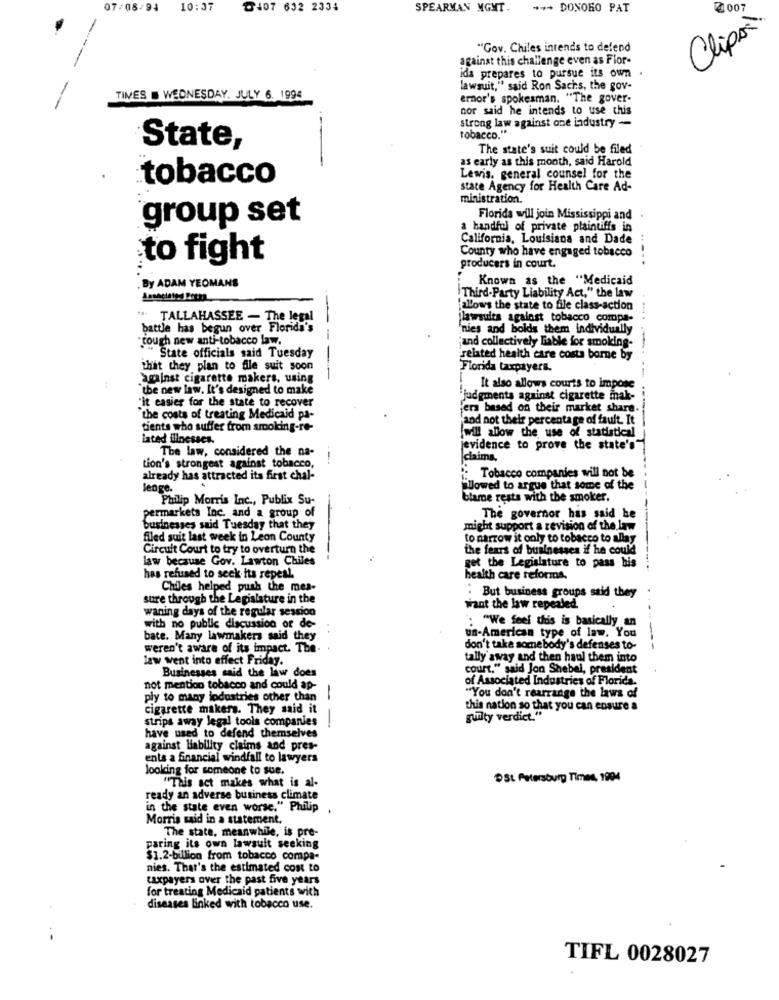
07/08/94
10:37
৳407 632 2334
SPEARMAN MGMT.
** DONORO PAT
2007
Clips
"Gov. Chiles intends to defend
against this challenge even as Flor-
ida prepares to pursue its own
lawsuit," said Ron Sachs, the gov-
TIMES . WEDNESDAY, JULY 6. 1994
ernor's spokesman. "The gover-
nor said he intends to use chis
strong law against one industry -
tobacco."
State,
The state's suit could be filed
as early as this month, said Harold
tobacco
Lewis, general counsel for the
state Agency for Health Care Ad-
ministration.
Florida will join Mississippi and
.
group set
a handful of private plaintiffs in
California, Louisiana and Dade
County who have engaged tobacco
to fight
producers in court.
Known as the "Medicaid
. By ADAM YEOMANS
Third-Party Liability Act," the law
allows the state to file class-action
" TALLAHASSEE - The legal
jlawsuits against tobacco compa-
battle has begun over Florida's
--
'nies and bolds them individually
"tough new anti-tobacco law.
"and collectively liable for smoking-
" State officials said Tuesday
related health care costs borne by
that they plan to file suit soon
Florida taxpayers.
against cigarette makers, using
the new law. It's designed to make
It also allows courts to impose
"it easier for the state to recover
"judgments against cigarette mak-
era based on their market share.
the costs of treating Medicaid pa-
'and not their percentage of fault. It
tients who suffer from smoking-re-
will allow the use of statistical
lated illnesses.
The law, considered the na-
jevidence to prove the state's"
claims,
Lion's strongest against tobacco,
already has attracted its first chal-
: Tobacco companies will not be
lenge.
plowed to argue that some of the
Philip Morris Inc ., Publix Su-
blame rests with the smoker.
permarkets Inc. and a group of
The governor has said he
businesses said Tuesday that they
might support a revision of the law
filed suit last week in Leon County
to narrow it only to tobacco to allay
Circuit Court to try to overturn the
the fears of businesses if he could
law because Gov. Lawton Chiles
get the Legislature to pass his
has refused to seek its repeal.
health care reforms.
Chiles helped push the mes-
sure through the Legislature in the
. But business groups said they
waning days of the regular session
want the law repealed.
. "We feel this is basically an
with no public discussion of de-
bate. Many lawmakers said they
un-American type of law. You
weren't aware of its impact. The-
don't take somebody's defenses to-
---
law went into effect Friday.
tally away and then haul them into
court," said Jon Shebel, president
Businesses said the law does
of Associated Industries of Florida.
not mention tobacco and could ap-
"You don't rearrange the laws of
ply to many industries other than |
cigarette makers. They said it
this nation so that you can ensure a
strips away legal tools companies
guilty verdict."
have used to defend themselves
-
against liability claims and pres-
ents a financial windfall to lawyers
looking for someone to sue.
"This act makes what is al-
St Petersburg Times, 1994
ready an adverse business climate
in the state even worse," Philip
Morris said in a statement.
The state, meanwhile, is pre-
paring its own lawsuit seeking
$1.2-billion from tobacco compa-
nies. That's the estimated con to
taxpayers over the past five years
for treating Medicaid patients with
diseases linked with tobacco use.
TIFL 0028027